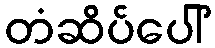
တံဆိပ်ပေါ်